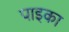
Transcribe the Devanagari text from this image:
पाइका